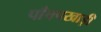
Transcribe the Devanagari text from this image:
पाँचपखाड़ी